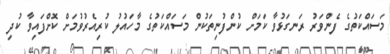
މަސައްކަތުގެ ފެންވަރު ރަނގަޅުވާ ކަމަށް ކުންފުނިތަކުން މަސައްކަތުގެ މާހައުލު ކުރިއެރުވުމަށް ކޮށްފައިވާ ކުދި